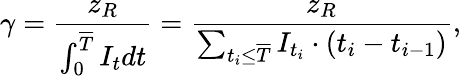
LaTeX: \gamma=\frac{z_{R}}{\int_{0}^{\overline{T}}I_{t}dt}=\frac{z_{R}}{\sum_{t_{i}\leq\overline{T}}I_{t_{i}}\cdot(t_{i}-t_{i-1})},